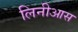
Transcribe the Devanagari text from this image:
लिनीआस